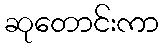
ဆုတောင်းကာ